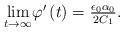
LaTeX: \begin{align*}\begin{array}{c}\underset{t\rightarrow \infty }{\lim }\varphi ^{\prime }\left( t\right) =\frac{\epsilon _{0}\alpha _{0}}{2C_{1}}.\end{array}\end{align*}